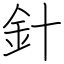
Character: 針